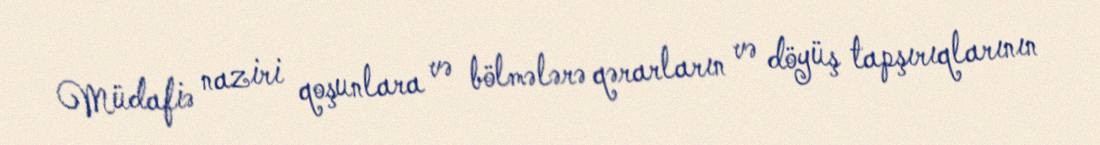
Müdafiə naziri qoşunlara və bölmələrə qərarların və döyüş tapşırıqlarının